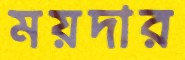
ময়দার